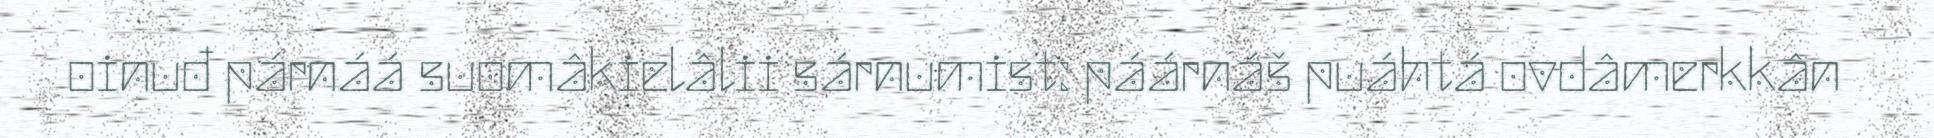
oinuđ párnáá suomâkielâlii sárnumist: páárnáš puáhtá ovdâmerkkân